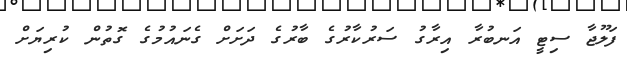
ފަލޫޖާ ސިޓީ އަނބުރާ އިރާގު ސަރުކާރުގެ ބާރުގެ ދަށަށް ގެނައުމުގެ ގޮތުން ކުރިޔަށް